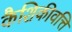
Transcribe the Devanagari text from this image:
कैशिकीवत्ति